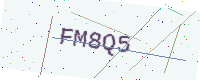
Text: FM8Q5